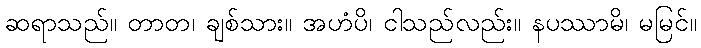
ဆရာသည်။ တာတ၊ ချစ်သား။ အဟံပိ၊ ငါသည်လည်း။ နပဿာမိ၊ မမြင်။